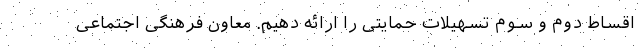
اقساط دوم و سوم تسهیلات حمایتی را ارائه دهیم. معاون فرهنگی اجتماعی